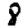
Digit: 8